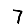
Digit: 7